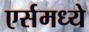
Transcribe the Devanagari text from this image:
एर्समध्ये